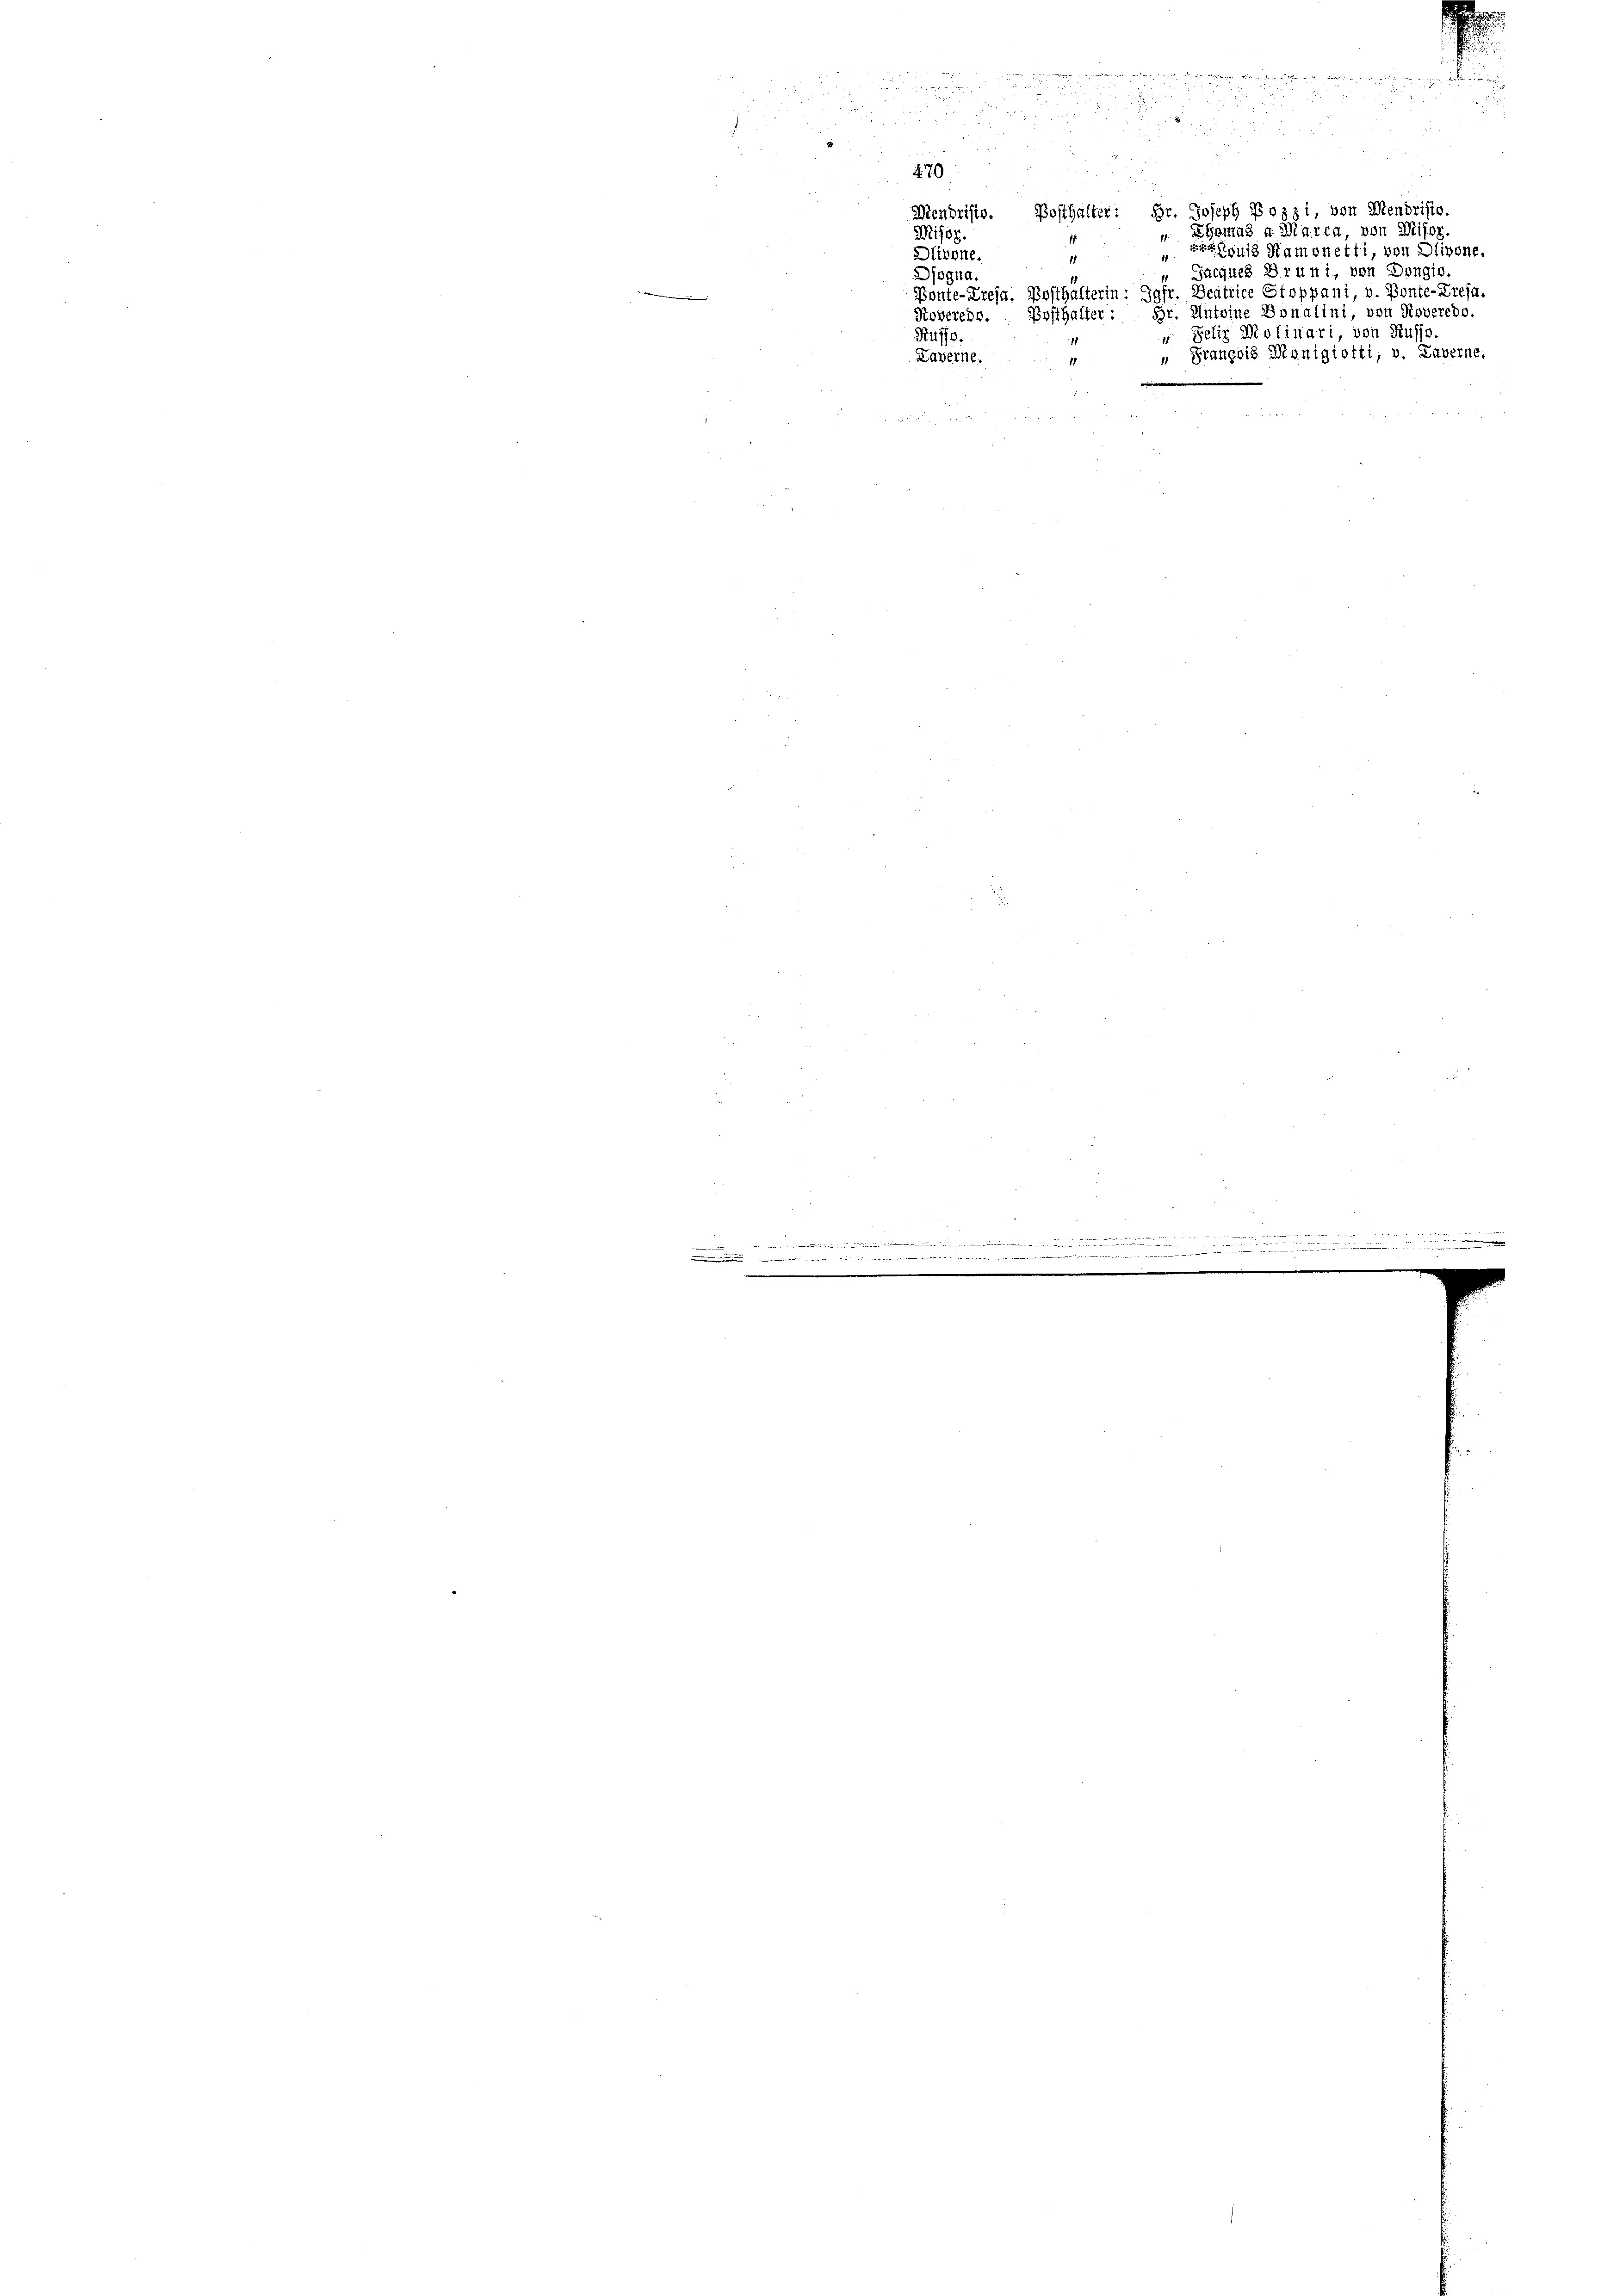
e

.

f

x

470

u
u

e
u
Mendriste. Posthalter: Hr. Joseph Bozzi, von Mendristo.
Misoz.
1
1
Dlivone.
" Jacques Bruni, von Dongir.
ogna
Ponte-Kreja, Posthalterin: Jgfr. Beatrice Stoppani, v. Ponte-Krefa.
Roveredo. Posthalter: Hr. Antoine Bonalini, von Roveredo.
" Selig Molinari, von Russo.
Kuffe.
" Prangbis Monigiotti, v. Laverne
Laverne.

ZGomas a Marca, von Misoz.
u Ramonetti, von Olivone.

i
i